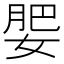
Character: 𡝞